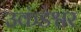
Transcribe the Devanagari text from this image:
उकंडेश्वर